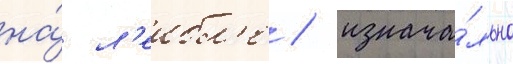
на́ л'еибл'е / изнача́льно